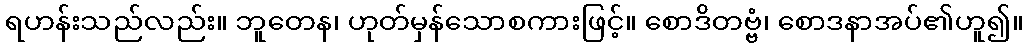
ရဟန်းသည်လည်း။ ဘူတေန၊ ဟုတ်မှန်သောစကားဖြင့်။ စောဒိတဗ္ဗံ၊ စောဒနာအပ်၏ဟူ၍။